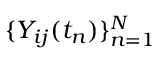
\{ Y _ { i j } ( t _ { n } ) \} _ { n = 1 } ^ { N }